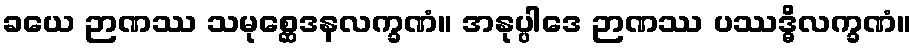
ခယေ ဉာဏဿ သမုစ္ဆေဒနလက္ခဏံ။ အနုပ္ပါဒေ ဉာဏဿ ပဿဒ္ဓိလက္ခဏံ။